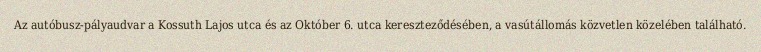
Az autóbusz-pályaudvar a Kossuth Lajos utca és az Október 6. utca kereszteződésében, a vasútállomás közvetlen közelében található.